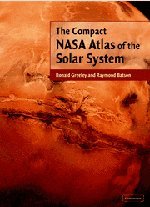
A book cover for The Compact NASA Atlas of the Solar System; Ronald Greeley; Science & Math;